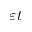
\varepsilon t